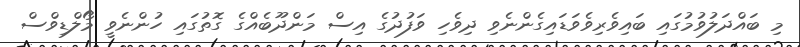
މި ބައްދަލުވުމުގައި ބައިވެރިވެވަޑައިގެންނެވި ދިވެހި ވަފުދުގެ އިސް މަންދޫބެއްގެ ގޮތުގައި ހުންނެވީ މޯލްޑިވްސް